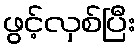
ဖွင့်လှစ်ပြီး